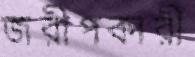
জরীপকারী